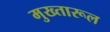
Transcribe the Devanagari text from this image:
मुख्तारूल